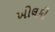
ખોલકી